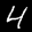
Label: 4